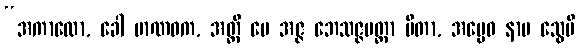
“အကာလော, ခေါ မာဏဝက, အတ္ထိ မေ အဇ္ဇ ဘေသဇ္ဇမတ္တာ ပီတာ, အပ္ပေဝ နာမ သွေပိ